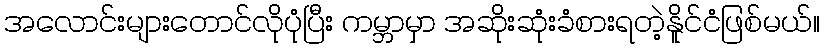
အလောင်းများတောင်လိုပုံပြီး ကမ္ဘာမှာ အဆိုးဆုံးခံစားရတဲ့နိူင်ငံဖြစ်မယ်။